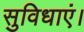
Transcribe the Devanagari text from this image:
सुविधाएं।